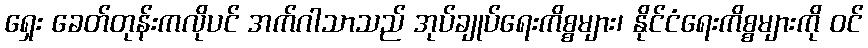
ရှေး ခေတ်တုန်းကလိုပင် အက်ဂါသာသည် အုပ်ချုပ်ရေးကိစ္စများ၊ နိုင်ငံရေးကိစ္စများကို ဝင်